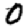
Digit: 0